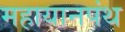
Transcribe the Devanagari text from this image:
महायानपंथ